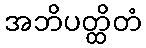
အဘိပတ္ထိတံ